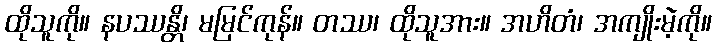
ထိုသူကို။ နပဿန္တိ၊ မမြင်ကုန်။ တဿ၊ ထိုသူအား။ အဟိတံ၊ အကျိုးမဲ့ကို။